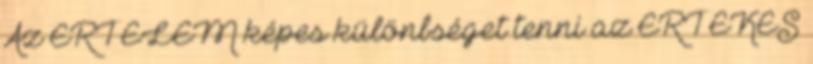
Az ÉRT ELEM képes különbséget tenni az ÉRT ÉKES